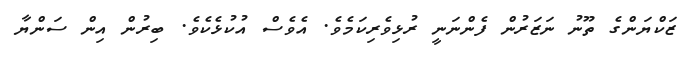
ޒަކްޔަންގެ ތޫނު ނަޒަރުން ފެންނަނީ ރުޅިވެރިކަމެވެ. އެވެސް އުކުޅެކެވެ. ބިރުން އިން ސަންޔާ